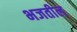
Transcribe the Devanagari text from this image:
भजतील